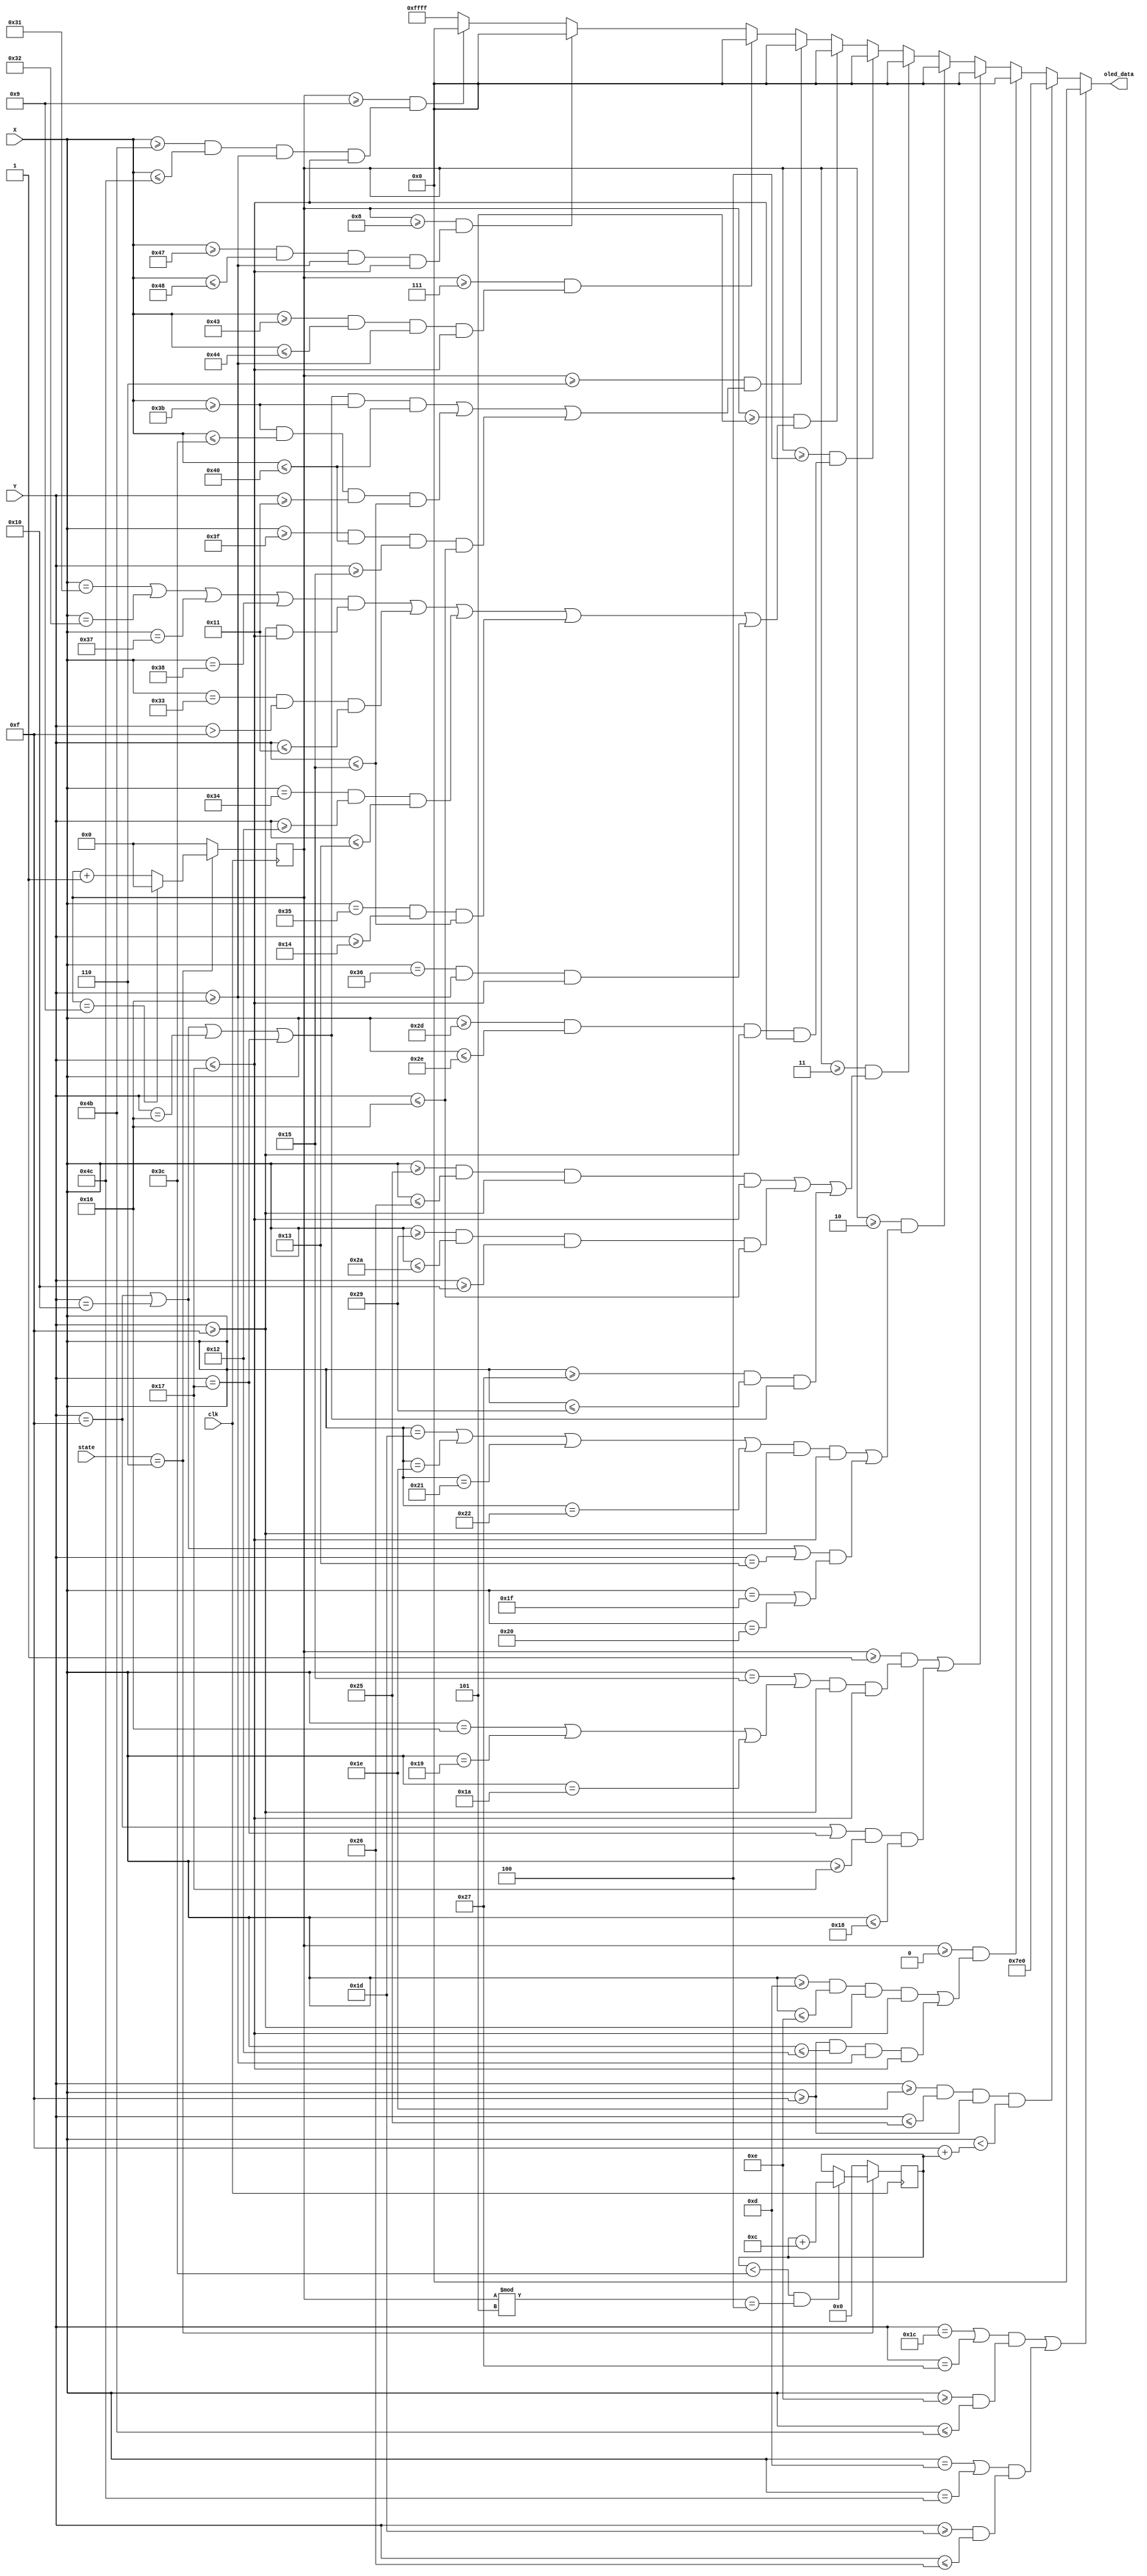
`timescale 1ns / 1ps
//////////////////////////////////////////////////////////////////////////////////
// Company: 
// Engineer: 
// 
// Design Name: 
// Module Name: Loading
// Project Name: 
// Target Devices: 
// Tool Versions: 
// Description: 
// 
// Dependencies: 
// 
// Revision:
// Revision 0.01 - File Created
// Additional Comments:
// 
//////////////////////////////////////////////////////////////////////////////////


module Loading(
    input [6:0] X,
    input [5:0] Y,
    input clk,  // try 10Hz
    output reg [15:0] oled_data = 16'd0,
    input [3:0] state
    );
    parameter [15:0] GREEN = 16'b00000_111111_00000;
    parameter [15:0] BLACK = 16'b0;
    parameter [15:0] WHITE = 16'b11111_111111_11111;
    
    reg [3:0] load_EN = 4'd0;
    reg [5:0] length = 6'd0; //legnth of the green loading
    
    always @(posedge clk) begin
        if (state == 4'b0110) begin
            load_EN <= load_EN + 1;
            if (load_EN == 9) begin
                load_EN <= 0;   
            end
            if (length < 60 && load_EN % 5 == 4) length <= length + 12;
        end else begin
            load_EN <= 0;
            length <= 6'd0;
        end
    end
    
    always @ (X or Y) begin
        if (((Y==28||Y==39)&&(X>=14&&X<=75)) || ((X==13 || X==76) &&(Y>=29 && Y<=38))) oled_data = BLACK; //the black bars
        else if(Y >= 30 && Y <= 37 && X >=15 && X < 15 + length) oled_data = GREEN; //the green bar //changed to <15+length
        else if(load_EN>=0 && ((X>=13&&X<=14&&Y>=15&&Y<=23) || (X>=15&&X<=18&&Y>=22&&Y<=23))) oled_data = BLACK; //L
        else if (load_EN >=1 && ((X==21||X==22|X==25|X==26)&&Y>=15&&Y<=23) || ((Y==15||Y==23)&&X>=23&&X<=24)) oled_data = BLACK; //O
        else if (load_EN >=2 && (((X==29||X==30||X==33||X==34)&&Y>=15&&Y<=23) || ((Y==15||Y==16||Y==19)&&(X==31||X==32)))) oled_data = BLACK;//A
        else if (load_EN >=3 && ((X>=37&&X<=38&&Y>=15&&Y<=23)||(X>=41&&X<=42&&Y>=16&&Y<=22)||(X>=39&&X<=41&&(Y==15||Y==16||Y==22||Y==23)))) oled_data = BLACK; //D
        else if (load_EN >=4 && (X>=45&&X<=46&&Y>=15&&Y<=23)) oled_data = BLACK; //I
        else if (load_EN>=5 && (((X==49||X==50||X==55||X==56)&&(Y>=15&&Y<=23)) || (X==51&&Y>15&&Y<=17) || (X==52&&Y>=18&&Y<=19) || (X==53&&Y>=20&&Y<=21)||(X==54&&Y>=22&&Y<=23) )) oled_data = BLACK;
        else if (load_EN>=6 && ( ((Y==15||Y==16||Y==22||Y==23)&&X>=59&&X<=64) || (X>=59&&X<=60&&Y>=17&&Y<=21) || (X>=63&&X<=64&&Y>=21&&Y<=22) )) oled_data = BLACK; //G
        else if(load_EN >=7 && (X>=67&&X<=68&&Y>=22&&Y<=23)) oled_data = BLACK;//first dot
        else if(load_EN >=8 && (X>=71&&X<=72&&Y>=22&&Y<=23)) oled_data = BLACK;
        else if(load_EN >=9 && (X>=75&&X<=76&&Y>=22&&Y<=23)) oled_data = BLACK;
        else oled_data = WHITE;
        
    end
endmodule